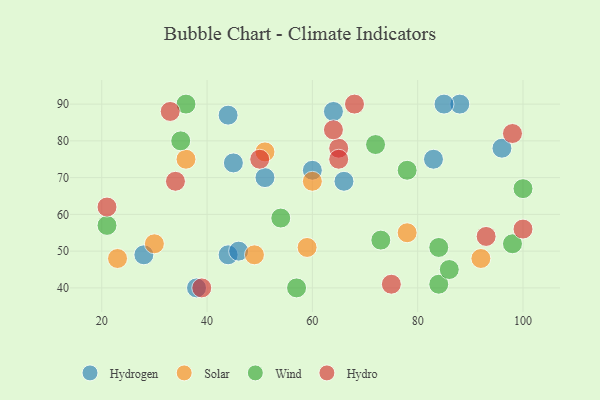
{"axis": {"x": "GDP", "y": "Life Expectancy"}, "legend": ["Hydro", "Hydrogen", "Solar", "Wind"], "data": [{"x": "51", "y": 70, "type": "Hydrogen"}, {"x": "66", "y": 69, "type": "Hydrogen"}, {"x": "44", "y": 49, "type": "Hydrogen"}, {"x": "60", "y": 72, "type": "Hydrogen"}, {"x": "28", "y": 49, "type": "Hydrogen"}, {"x": "88", "y": 90, "type": "Hydrogen"}, {"x": "85", "y": 90, "type": "Hydrogen"}, {"x": "45", "y": 74, "type": "Hydrogen"}, {"x": "44", "y": 87, "type": "Hydrogen"}, {"x": "64", "y": 88, "type": "Hydrogen"}, {"x": "46", "y": 50, "type": "Hydrogen"}, {"x": "96", "y": 78, "type": "Hydrogen"}, {"x": "38", "y": 40, "type": "Hydrogen"}, {"x": "83", "y": 75, "type": "Hydrogen"}, {"x": "60", "y": 69, "type": "Solar"}, {"x": "30", "y": 52, "type": "Solar"}, {"x": "78", "y": 55, "type": "Solar"}, {"x": "36", "y": 75, "type": "Solar"}, {"x": "92", "y": 48, "type": "Solar"}, {"x": "51", "y": 77, "type": "Solar"}, {"x": "59", "y": 51, "type": "Solar"}, {"x": "49", "y": 49, "type": "Solar"}, {"x": "23", "y": 48, "type": "Solar"}, {"x": "35", "y": 80, "type": "Wind"}, {"x": "72", "y": 79, "type": "Wind"}, {"x": "84", "y": 41, "type": "Wind"}, {"x": "54", "y": 59, "type": "Wind"}, {"x": "100", "y": 67, "type": "Wind"}, {"x": "98", "y": 52, "type": "Wind"}, {"x": "21", "y": 57, "type": "Wind"}, {"x": "57", "y": 40, "type": "Wind"}, {"x": "86", "y": 45, "type": "Wind"}, {"x": "73", "y": 53, "type": "Wind"}, {"x": "78", "y": 72, "type": "Wind"}, {"x": "36", "y": 90, "type": "Wind"}, {"x": "84", "y": 51, "type": "Wind"}, {"x": "21", "y": 62, "type": "Hydro"}, {"x": "65", "y": 78, "type": "Hydro"}, {"x": "64", "y": 83, "type": "Hydro"}, {"x": "75", "y": 41, "type": "Hydro"}, {"x": "33", "y": 88, "type": "Hydro"}, {"x": "34", "y": 69, "type": "Hydro"}, {"x": "100", "y": 56, "type": "Hydro"}, {"x": "65", "y": 75, "type": "Hydro"}, {"x": "50", "y": 75, "type": "Hydro"}, {"x": "98", "y": 82, "type": "Hydro"}, {"x": "93", "y": 54, "type": "Hydro"}, {"x": "68", "y": 90, "type": "Hydro"}, {"x": "39", "y": 40, "type": "Hydro"}]}